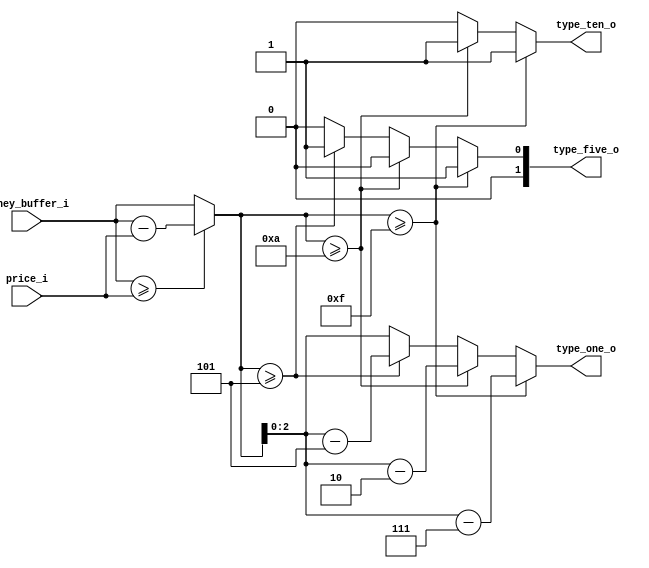
module change (
	input [4:0] price_i,
	input [4:0] money_buffer_i,
	output [2:0] type_one_o,
	output [1:0] type_five_o,
	output type_ten_o
);
	reg [2:0] type_one_r;
	reg [1:0] type_five_r;
	reg type_ten_r;
	
	wire [4:0] return_money_i;
	
	assign return_money_i = (money_buffer_i >= price_i)? (money_buffer_i - price_i) : money_buffer_i;
	assign type_one_o = type_one_r;
	assign type_five_o = type_five_r;
	assign type_ten_o = type_ten_r;

	always@(return_money_i)	begin
		if (return_money_i >= 5'b01111) begin
			type_ten_r <= 1'b1;
			type_five_r <= 2'b01;
			type_one_r <= return_money_i - 5'b01111;
		end

		else if (return_money_i >= 5'b01010) begin
			type_ten_r <= 1'b1;
			type_five_r <= 2'b00;
			type_one_r <= return_money_i - 5'b01010;
		end

		else if (return_money_i >= 5'b00101) begin
			type_ten_r <= 1'b0;
			type_five_r <= 2'b01;
			type_one_r <= return_money_i - 5'b00101;
		end

		else begin
			type_ten_r <= 1'b0;
			type_five_r <= 2'b00;
			type_one_r <= return_money_i;
		end
	end

endmodule